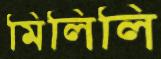
মিলিলি